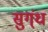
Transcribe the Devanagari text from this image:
सुग्ंध